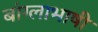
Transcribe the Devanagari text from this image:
बांग्‍लाभाषी